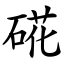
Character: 硴